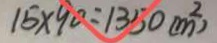
1 5 \times 9 0 = 1 3 5 0 ( m ^ { 2 } )